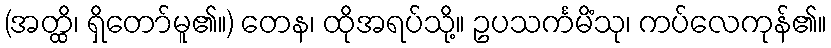
(အတ္ထိ၊ ရှိတော်မူ၏။) တေန၊ ထိုအရပ်သို့။ ဥပသင်္ကမိံသု၊ ကပ်လေကုန်၏။